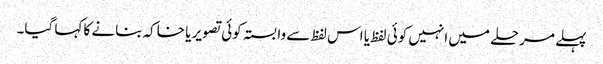
پہلے مرحلے میں انہیں کوئی لفظ یا اس لفظ سے وابستہ کوئی تصویر یا خاکہ بنانے کا کہا گیا۔